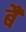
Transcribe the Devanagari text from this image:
बैं